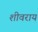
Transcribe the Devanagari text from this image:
शीवराय